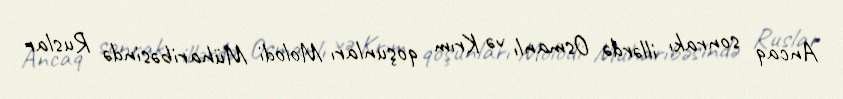
Ancaq sonrakı illərdə Osmanlı və Krım qoşunları Molodi Müharibəsində Ruslar